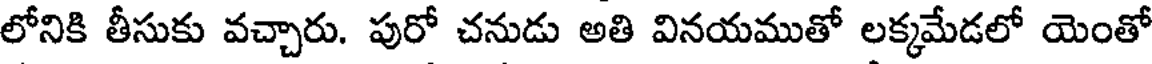
లోనికి తీసుకు వచ్చారు. పురో చనుడు అతి వినయముతో లక్కమేడలో యెంతో